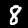
Digit: 8